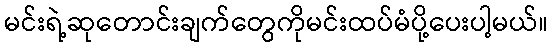
မင်းရဲ့ဆုတောင်းချက်တွေကိုမင်းထပ်မံပို့ပေးပါ့မယ်။